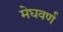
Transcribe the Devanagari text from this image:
मेघवर्ण